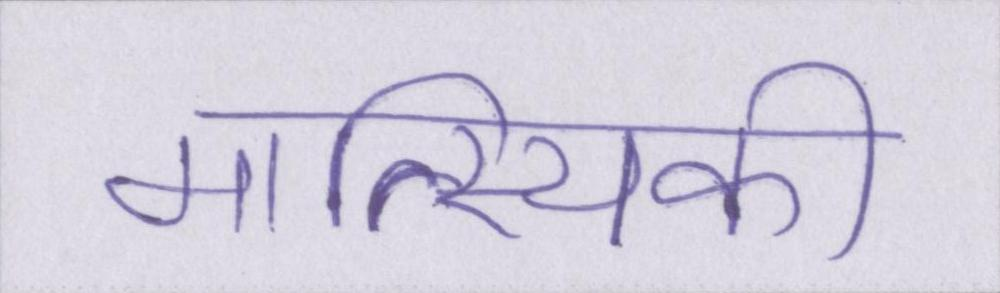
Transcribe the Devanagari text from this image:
मात्स्यिकी